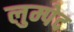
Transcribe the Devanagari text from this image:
लुम्पेद